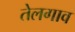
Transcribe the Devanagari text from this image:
तेलगाव